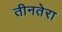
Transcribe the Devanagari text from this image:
तीनतेरा